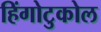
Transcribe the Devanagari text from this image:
हिंगोटुकोल